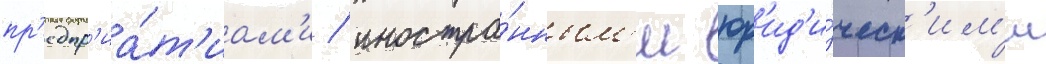
пр'едпр'иа́т'иам'и / иностра́нным'и юр'ид'и́ческ'им'и